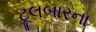
ટૂલબારના